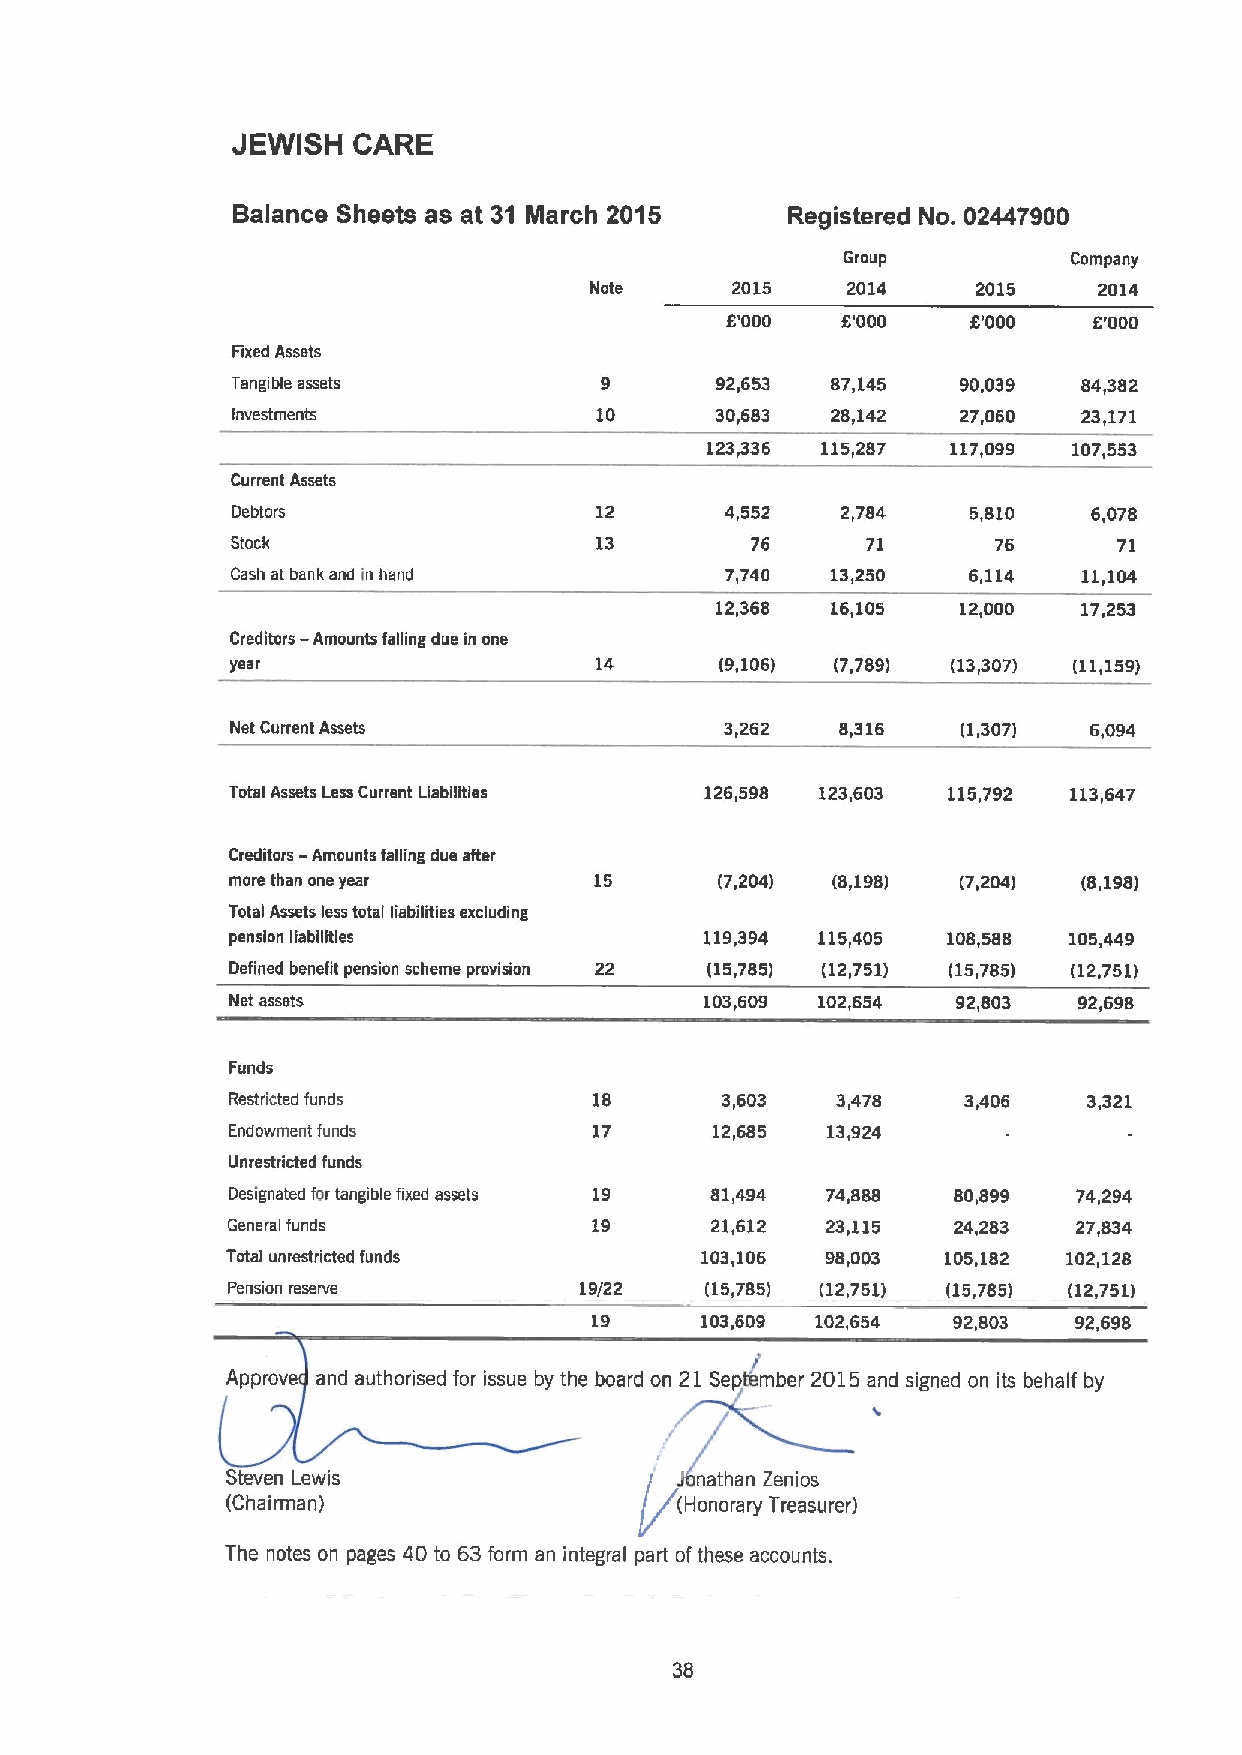
JEWISH  CARE
 Balance Sheets as at 31 March 2015   Registered No. 02447900
 Group          Company
 Note     2015    2014     2015    2014
 6'000   6'OOD   6'000   6'000
 Fixed Assets
 Tangible assets                 92,653  87,145   90,039  84,382
 Investments             10      30,683  28,142   27,060  23,171
 123,336 115,287 117,099 107,553
 Current Assets
 Debtors                 12       4,552   2,784   5,810   6,078
 Stock                   13         76     71       76      71
 Cash at bank and in hand         7,740  13,250   6,114   11,104
 12,368  16,105   12,00D  17,253
 -
 Creditors Amounts falling due in one
 year                    14       (9,106) (7,789) (13,307) (11,159)
 Net Current Assets               3,262   8,316   (1,307) 6,094
 Total Assets Less Current Liabilities 126,598 123,603 115,792 113,647
 Creditors —Amounts falling due after
 more than one year      15       (7,204) (8,198) (7,204) (8,198)
 Total Assets less total liabilities excluding
 pension liabilities             119,394 115,405 108,588 105,449
 Defined benefit pension scheme provision 22 (15,785) (12,751) (15,785) (12,751)
 Net assets                      103,609 102,654 92,803  92,698
 Funds
 Restricted funds        18       3,603  3,478    3,406   3,321
 Endowment funds         17      12,685  13,924
 Unrestricted funds
 Designated for tangible fixed assets 19 81,494 74,888 80,899 74,294
 General funds           19      21,612  23,115  24,283  27,834
 Total unrestricted funds       103,106  98,003  105,182 102,128
 Pension reseNe         19/22    (15,785) (12,751) (15,785) (12,751)
 19     103,609 102,654  92,803  92,698
 Approv and authorised for issue by the board on 21 Sep/mber 2015 and signed on its behalf by
 Steven Lewis                   nathan Zenios
 (Chairman)
 The notes on pages 40 to 63form an integral part ofthese accounts.
 38